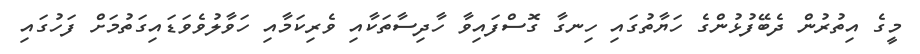
މީގެ އިތުރުން ދެބޭފުޅުންގެ ހަޔާތުގައި ހިނގާ ގޮސްފައިވާ ހާދިސާތަކާއި ވެރިކަމާއި ހަވާލުވެވަޑައިގަތުމަށް ފަހުގައި